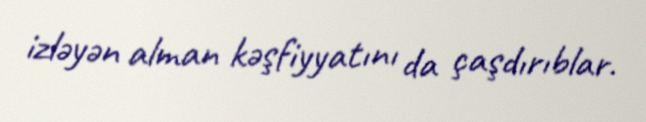
izləyən alman kəşfiyyatını da çaşdırıblar.